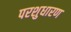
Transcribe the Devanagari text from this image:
परशुधारण